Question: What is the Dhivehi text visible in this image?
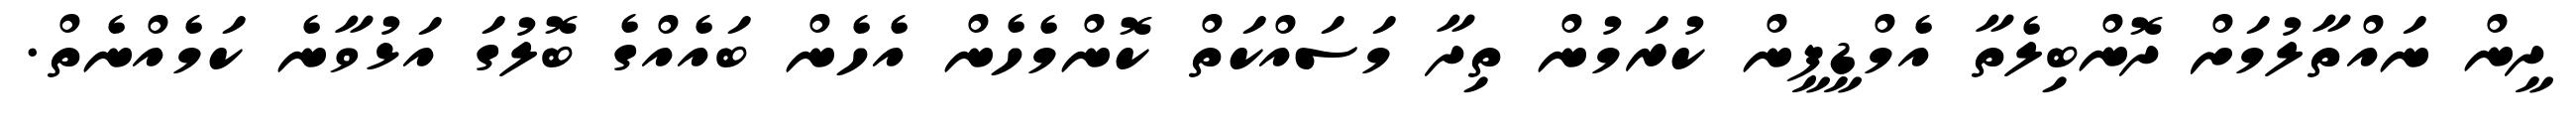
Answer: ދީން ނައްތާލުމަށް ދޮންބިލެތާ އެމްޑީޕީން ކުރަމުން ތިދާ މަސައްކަތް ކޮންމެހެން އެހެން ބައެއްގެ ބޮލުގަ އަޅުވާނެ ކަމެއްނެތް.